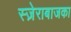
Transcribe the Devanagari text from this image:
स्ज़ेराबाजका